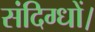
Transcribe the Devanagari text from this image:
संदिग्धों।